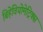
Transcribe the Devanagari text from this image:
बिहेवियोमेट्रिक्स